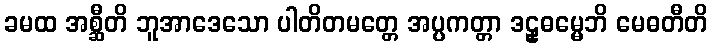
ခမထ အစ္ဆီတိ ဘူအာဒေသော ပါတိတမတ္တေ အပ္ပကတ္တာ ဒဠှဓမ္မေဘိ မေဓတီတိ